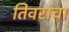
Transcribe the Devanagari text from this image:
तिवरांचा